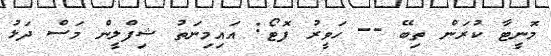
މޮނީޓާ ކުރަން ތިބޭ -- ހަވީރު ފޮޓޯ: އައިމިނަތު ޝިފްލީން މަސް ދަޅު